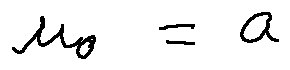
u _ { 0 } = a